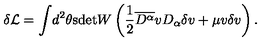
\delta \mathcal { L } = \int \! d ^ { 2 } \theta \mathrm { s d e t } W \left( \frac { 1 } { 2 } \overline { { D ^ { \alpha } } } v D _ { \alpha } \delta v + \mu v \delta v \right) .